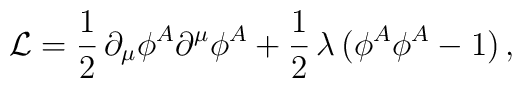
{\cal L}=\frac{1}{2}\,\partial_\mu\phi^A\partial^\mu\phi^A+\frac{1}{2}\,\lambda\,\bigl(\phi^A\phi^A-1\bigr)\,,